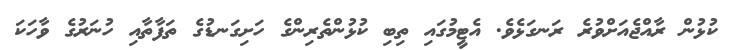
ކުޅުން ރާއްޖެއަށްވުރެ ރަނގަޅެވެ. އެޓީމުގައި ތިބި ކުޅުންތެރިންގެ ހަށިގަނޑުގެ ތަފާތާއި ހުނަރުގެ ވާހަކަ